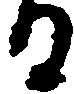
る